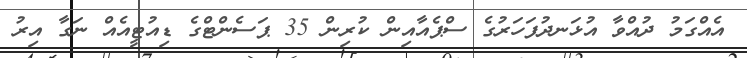
އެއްގަމު ދުއްވާ އުޅަނދުފަހަރުގެ ސްޕެއާއިން ކުރިން 35 ޕަސެންޓްގެ ޑިއުޓީއެއް ނަގާ އިރު